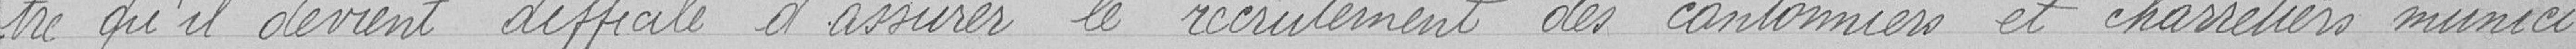
tre qu'il devient difficile d'assurer le recrutement des cantonniers et charretiers munici